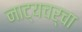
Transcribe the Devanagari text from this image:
नाट्यचर्चा